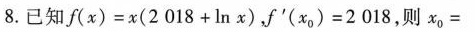
8.已知$$f ( x ) = x ( 2 0 1 8 + l n